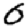
Digit: 0